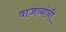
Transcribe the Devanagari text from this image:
वाजंत्र्यांची